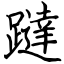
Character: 躂